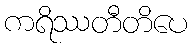
ကရိဿတီတိပေ